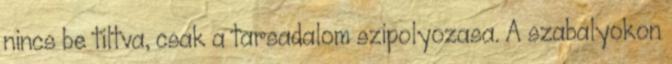
nincs be tiltva, csak a tarsadalom szipolyozasa. A szabalyokon